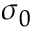
\sigma _ { 0 }